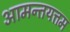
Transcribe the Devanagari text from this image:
आमन्तयत्तम